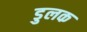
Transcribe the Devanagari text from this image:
डुलक